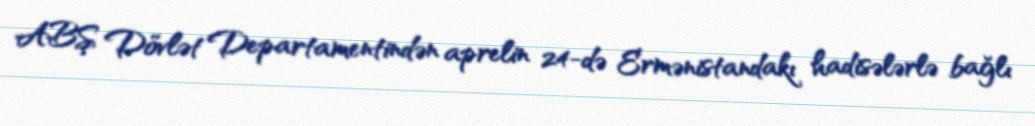
ABŞ Dövlət Departamentindən aprelin 24-də Ermənistandakı hadisələrlə bağlı